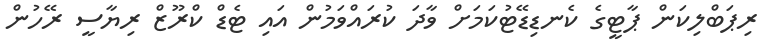
ރިޕަބްލިކަން ޕާޓީގެ ކެނޑިޑޭޓުކަމަށް ވާދަ ކުރައްވަމުން އައި ޓެޑް ކްރޫޒް ރިޔާސީ ރޭހުން